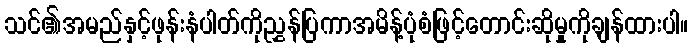
သင်၏အမည်နှင့်ဖုန်းနံပါတ်ကိုညွှန်ပြကာအမိန့်ပုံစံဖြင့်တောင်းဆိုမှုကိုချန်ထားပါ။